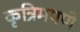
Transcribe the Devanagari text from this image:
कृत्रिमपणे